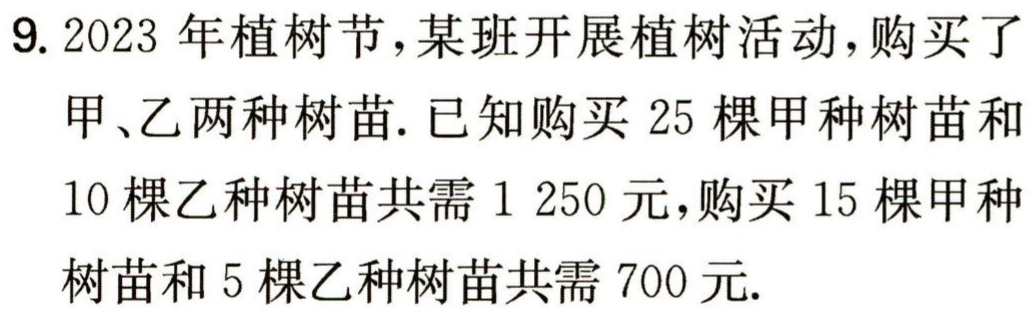
9. 2023 年植树节，某班开展植树活动，购买了

甲、乙两种树苗. 已知购买 25 棵甲种树苗和

10 棵乙种树苗共需 1 250 元，购买 15 棵甲种

树苗和 5 棵乙种树苗共需 700 元.